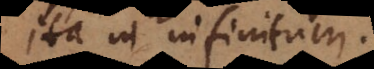
ita in infinitum.